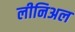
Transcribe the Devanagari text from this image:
लीनिअल